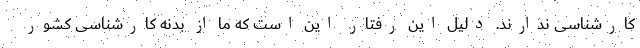
کارشناسی ندارند. دلیل این رفتار این است که ما از بدنه کارشناسی کشور